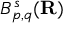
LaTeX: B _ { p , q } ^ { s } ( \mathbf { R } )